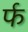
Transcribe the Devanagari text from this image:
र्फ